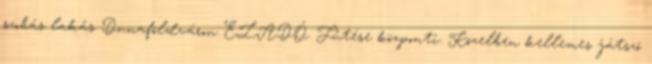
szobás lakás Dunaföldváron ELADÓ. Fűtése központi. Közelben kellemes játszó